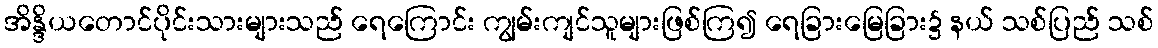
အိန္ဒိယတောင်ပိုင်းသားများသည် ရေကြောင်း ကျွမ်းကျင်သူများဖြစ်ကြ၍ ရေခြားမြေခြား၌ နယ် သစ်ပြည် သစ်